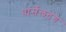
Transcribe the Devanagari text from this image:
पार्सेलटंग